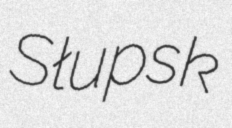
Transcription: Słupsk